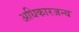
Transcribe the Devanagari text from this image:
अधिकारजन्य